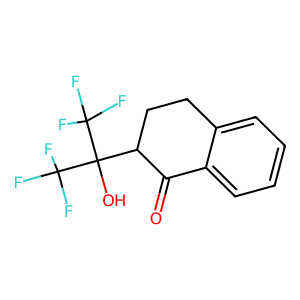
SMILES: O=C1c2ccccc2CCC1C(O)(C(F)(F)F)C(F)(F)F
Inhibits HIV replication: No